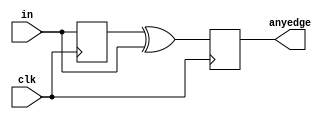
module top_module (
    input clk,
    input [7:0] in,
    output [7:0] anyedge
);
 
    reg [7:0] temp;
    
    always @ (posedge clk)
        begin
            temp <= in;
           	anyedge <= temp ^ in;
        end

endmodule